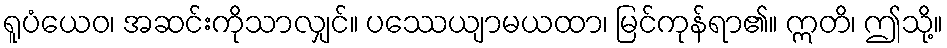
ရူပံယေဝ၊ အဆင်းကိုသာလျှင်။ ပဿေယျာမယထာ၊ မြင်ကုန်ရာ၏။ ဣတိ၊ ဤသို့။